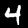
Digit: 4